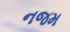
નજમ